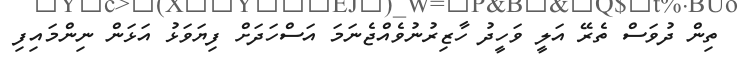
ތިން ދުވަސް ތެރޭ އަލީ ވަހީދު ހާޒިރުނުވެއްޖެނަމަ އަސްހަދަށް ފިޔަވަޅު އަޅަން ނިންމައިފި